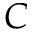
C